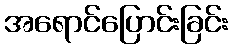
အရောင်ပြောင်းခြင်း